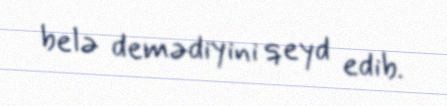
belə demədiyini qeyd edib.